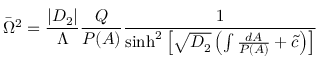
\bar { \Omega } ^ { 2 } = \frac { | D _ { 2 } | } { \Lambda } \frac { Q } { P ( A ) } \frac { 1 } { \sinh ^ { 2 } \left[ \sqrt { D _ { 2 } } \left( \int \frac { d A } { P ( A ) } + \tilde { c } \right) \right] }